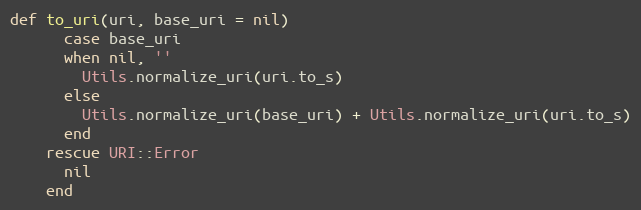
Language: Ruby
def to_uri(uri, base_uri = nil)
      case base_uri
      when nil, ''
        Utils.normalize_uri(uri.to_s)
      else
        Utils.normalize_uri(base_uri) + Utils.normalize_uri(uri.to_s)
      end
    rescue URI::Error
      nil
    end